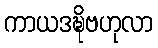
ကာယဒဍ္ဎိဗဟုလာ